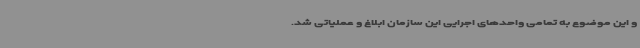
و این موضوع به تمامی واحدهای اجرایی این سازمان ابلاغ و عملیاتی شد.